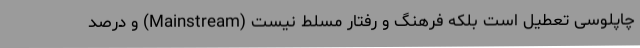
چاپلوسی تعطیل است بلکه فرهنگ و رفتارِ مسلط نیست (Mainstream) و درصدِ